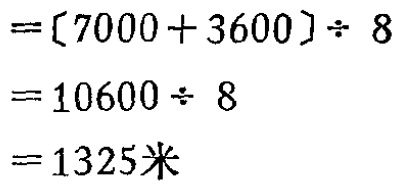
\[
\begin{align*}
&=(7000 + 3600)\div 8\\
&=10600\div 8\\
&=10600\div 8\\
&= 1325\text{米}
\end{align*}
\]